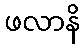
ဖလာနိ